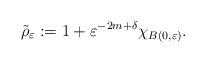
LaTeX: \begin{align*}\tilde\rho_{\varepsilon}:=1+\varepsilon^{-2m+\delta}\chi_{B(0,\varepsilon)}.\end{align*}